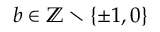
b \in \mathbb { Z } \setminus \{ \pm 1 , 0 \}